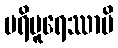
ပရိပူရေဿာမိ